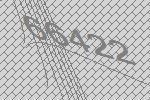
66422